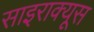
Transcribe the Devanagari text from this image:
साइराक्यूस